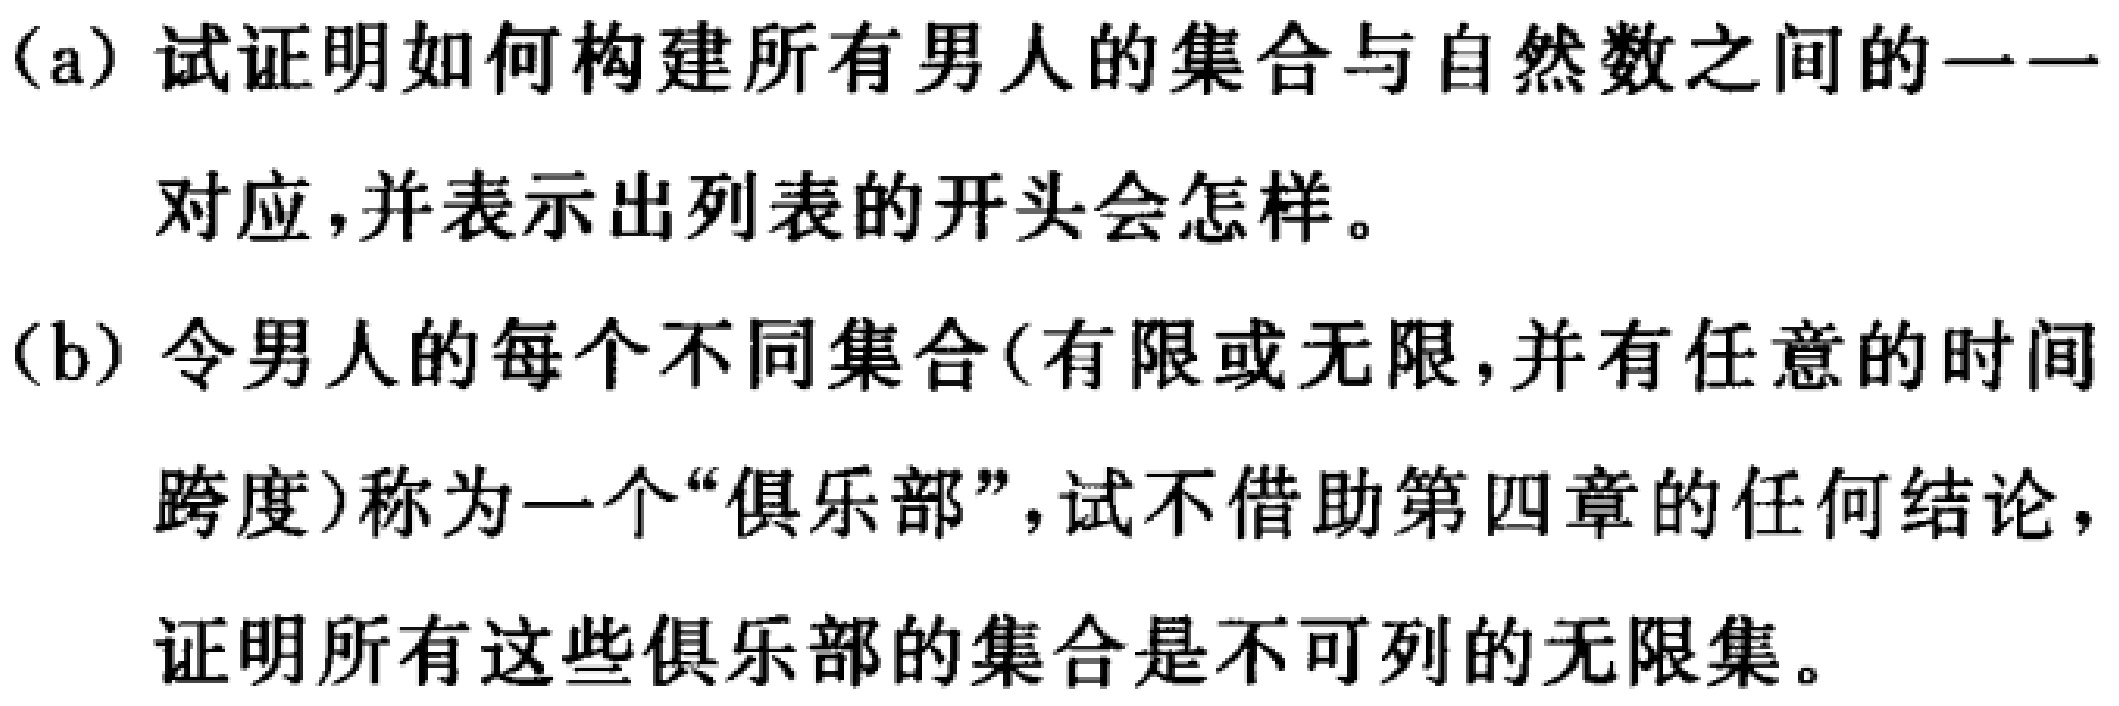
(a) 试证明如何构建所有男人的集合与自然数之间的一一
对应,并表示出列表的开头会怎样。
(b) 令男人的每个不同集合(有限或无限,并有任意的时间
跨度)称为一个“俱乐部”,试不借助第四章的任何结论,
证明所有这些俱乐部的集合是不可列的无限集。